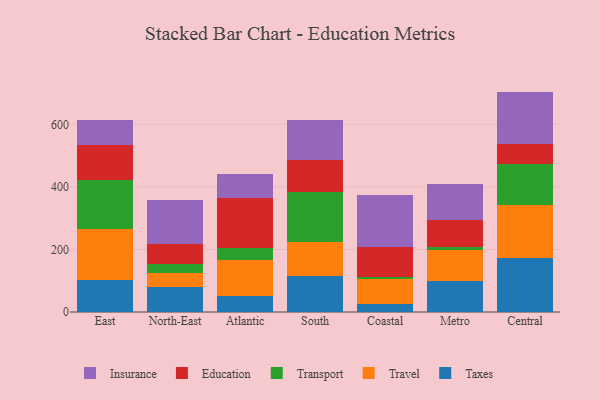
{"axis": {"x": "Region", "y": "Backlog"}, "legend": ["Education", "Insurance", "Taxes", "Transport", "Travel"], "data": [{"x": "East", "y": 100.9, "type": "Taxes"}, {"x": "East", "y": 165.0, "type": "Travel"}, {"x": "East", "y": 154.9, "type": "Transport"}, {"x": "East", "y": 114.5, "type": "Education"}, {"x": "East", "y": 77.9, "type": "Insurance"}, {"x": "North-East", "y": 80.9, "type": "Taxes"}, {"x": "North-East", "y": 45.0, "type": "Travel"}, {"x": "North-East", "y": 27.7, "type": "Transport"}, {"x": "North-East", "y": 65.1, "type": "Education"}, {"x": "North-East", "y": 138.4, "type": "Insurance"}, {"x": "Atlantic", "y": 52.1, "type": "Taxes"}, {"x": "Atlantic", "y": 113.8, "type": "Travel"}, {"x": "Atlantic", "y": 38.2, "type": "Transport"}, {"x": "Atlantic", "y": 161.3, "type": "Education"}, {"x": "Atlantic", "y": 74.6, "type": "Insurance"}, {"x": "South", "y": 115.1, "type": "Taxes"}, {"x": "South", "y": 107.3, "type": "Travel"}, {"x": "South", "y": 161.8, "type": "Transport"}, {"x": "South", "y": 102.4, "type": "Education"}, {"x": "South", "y": 126.9, "type": "Insurance"}, {"x": "Coastal", "y": 25.3, "type": "Taxes"}, {"x": "Coastal", "y": 80.3, "type": "Travel"}, {"x": "Coastal", "y": 6.0, "type": "Transport"}, {"x": "Coastal", "y": 94.9, "type": "Education"}, {"x": "Coastal", "y": 168.5, "type": "Insurance"}, {"x": "Metro", "y": 99.0, "type": "Taxes"}, {"x": "Metro", "y": 99.2, "type": "Travel"}, {"x": "Metro", "y": 10.0, "type": "Transport"}, {"x": "Metro", "y": 85.9, "type": "Education"}, {"x": "Metro", "y": 113.8, "type": "Insurance"}, {"x": "Central", "y": 172.5, "type": "Taxes"}, {"x": "Central", "y": 171.0, "type": "Travel"}, {"x": "Central", "y": 131.4, "type": "Transport"}, {"x": "Central", "y": 62.3, "type": "Education"}, {"x": "Central", "y": 167.7, "type": "Insurance"}]}